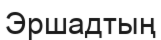
Эршадтың